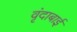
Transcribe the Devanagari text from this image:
वृंदाबाई